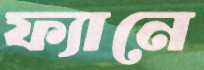
ফ্যানে